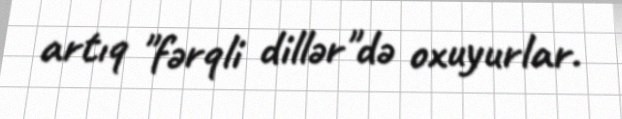
artıq "fərqli dillər"də oxuyurlar.